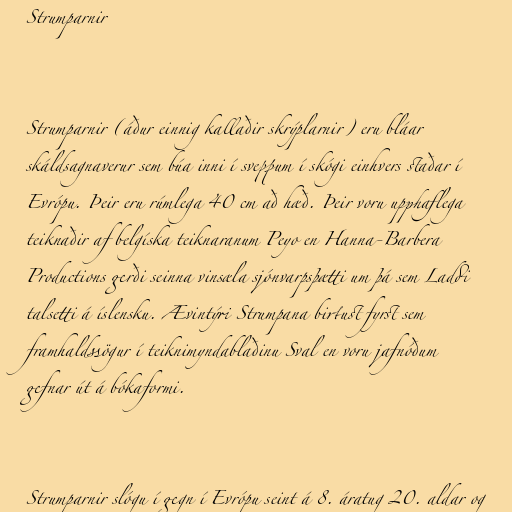
Strumparnir

Strumparnir (áður einnig kallaðir skrýplarnir) eru bláar
skáldsagnaverur sem búa inni í sveppum í skógi einhvers staðar í
Evrópu. Þeir eru rúmlega 40 cm að hæð. Þeir voru upphaflega
teiknaðir af belgíska teiknaranum Peyo en Hanna-Barbera
Productions gerði seinna vinsæla sjónvarpsþætti um þá sem Laddi
talsetti á íslensku. Ævintýri Strumpana birtust fyrst sem
framhaldssögur í teiknimyndablaðinu Sval en voru jafnóðum
gefnar út á bókaformi.

Strumparnir slógu í gegn í Evrópu seint á 8. áratug 20. aldar og